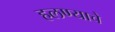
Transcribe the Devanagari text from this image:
हलण्याचे